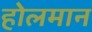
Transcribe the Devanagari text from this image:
होलमान